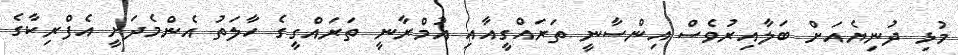
މުޅި ދުނިޔެއަށް ބަލާއިރުވެސް އިންސާނީ ތަރައްގީއާއި އުމްރާނީ ތަރައްގީގެ ހާލަތު އެންމެދަށީ އެފްރިކާގެ